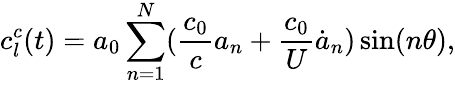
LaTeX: c_{l}^{c}(t)=a_{0}\sum_{n=1}^{N}(\frac{c_{0}}{c}a_{n}+\frac{c_{0}}{U}{\dot{a}_{n}})\sin(n\theta),